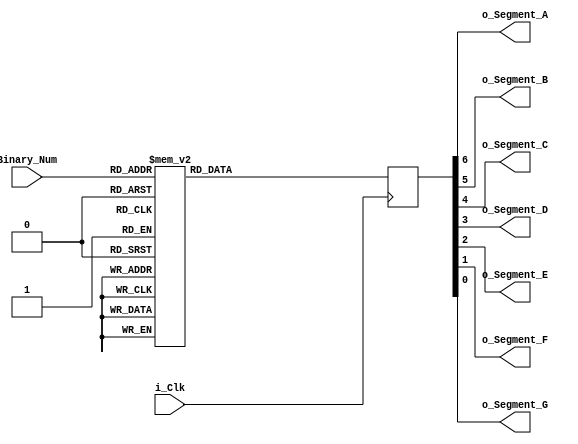
module Binary_To_Seg7
(input i_Clk,
input [3:0] Binary_Num,
output o_Segment_A,
output o_Segment_B,
output o_Segment_C,
output o_Segment_D,
output o_Segment_E,
output o_Segment_F,
output o_Segment_G);

reg [6:0] r_Hexencoding = 7'h00;




always @(posedge i_Clk)
begin 

	case (Binary_Num)
		4'b0000 : r_Hexencoding <= 7'h7E; // 7E in hex = 0111 1110 which is the segment display for 0 
		4'b0001 : r_Hexencoding <= 7'h30; // number 1
		4'b0010 : r_Hexencoding <= 7'h6D; // number 2
		4'b0011 : r_Hexencoding <= 7'h79; // number 3
		4'b0100 : r_Hexencoding <= 7'h33; // number 4
		4'b0101 : r_Hexencoding <= 7'h5B; // number 5
		4'b0110 : r_Hexencoding <= 7'h5F; // number 6
		4'b0111 : r_Hexencoding <= 7'h70; // number 7
		4'b1000 : r_Hexencoding <= 7'h7F; // number 8
		4'b1001 : r_Hexencoding <= 7'h7B; // number 9
		4'b1010 : r_Hexencoding <= 7'h77; // number A
		4'b1011 : r_Hexencoding <= 7'h1F; // number B
		4'b1100 : r_Hexencoding <= 7'h4E; // number C
		4'b1101 : r_Hexencoding <= 7'h3D; // number D
		4'b1110 : r_Hexencoding <= 7'h4F; // number E
		4'b1111 : r_Hexencoding <= 7'h47; // number F
	endcase

end 
// the bit order is ABCDEFG, starting with the MSB. The 8th MSB is not used so A starts at bit 6 
assign o_Segment_A = r_Hexencoding[6];
assign o_Segment_B = r_Hexencoding[5];
assign o_Segment_C = r_Hexencoding[4];
assign o_Segment_D = r_Hexencoding[3];
assign o_Segment_E = r_Hexencoding[2];
assign o_Segment_F = r_Hexencoding[1];
assign o_Segment_G = r_Hexencoding[0];

endmodule